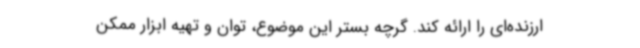
ارزنده‌ای را ارائه کند. گرچه بستر این موضوع، توان و تهیه ابزار ممکن